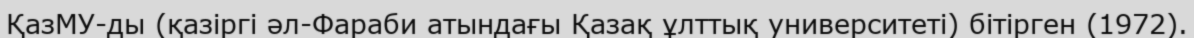
ҚазМУ-ды (қазіргі әл-Фараби атындағы Қазақ ұлттық университеті) бітірген (1972).